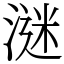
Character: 㴹